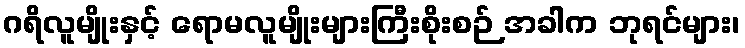
ဂရိလူမျိုးနှင့် ရောမလူမျိုးများကြီးစိုးစဉ် အခါက ဘုရင်များ၊